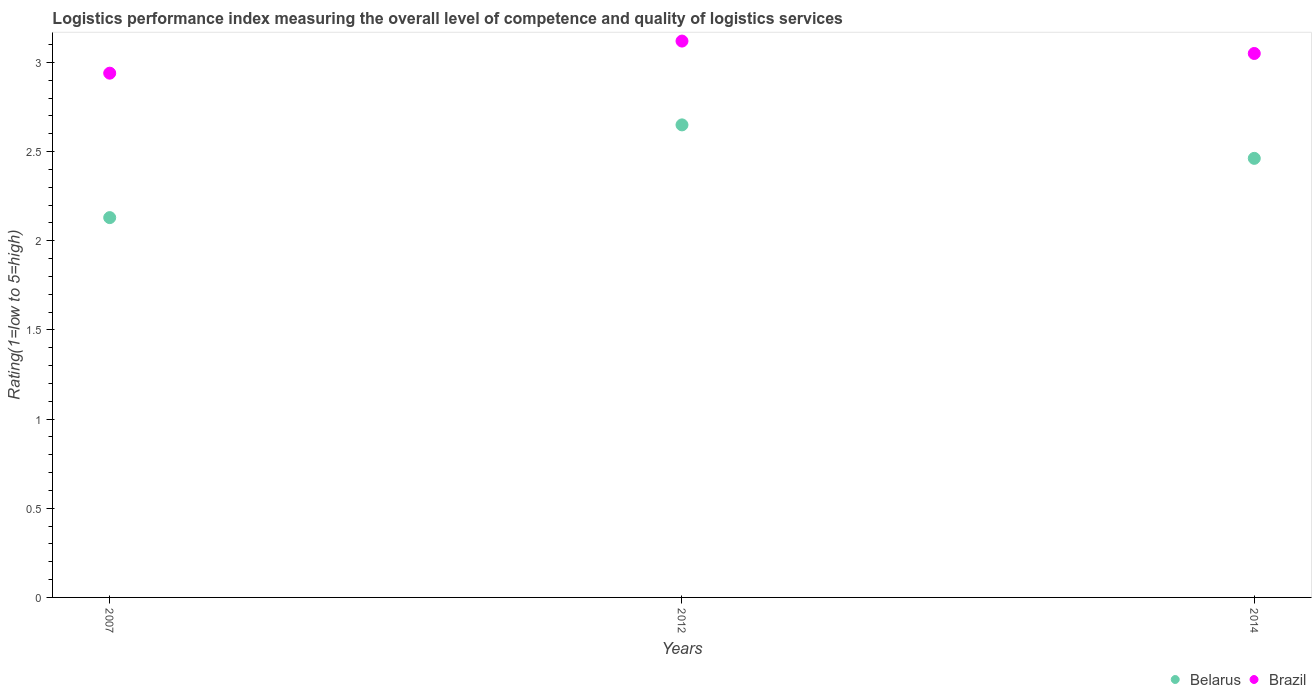
| Years | Belarus | Brazil |
 | --- | --- | --- |
 | 2007 | 2.13 | 2.94 |
 | 2012 | 2.65 | 3.12 |
 | 2014 | 2.46 | 3.05 |